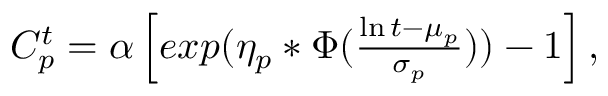
\begin{array} { r } { \begin{array} { r } { C _ { p } ^ { t } = \alpha \left[ e x p ( \eta _ { p } * \Phi ( \frac { \ln t - \mu _ { p } } { \sigma _ { p } } ) ) - 1 \right] , } \end{array} } \end{array}